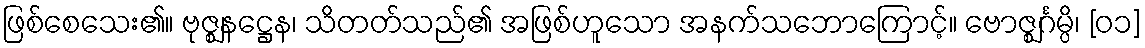
ဖြစ်စေသေး၏။ ဗုဇ္ဈနဋ္ဌေန၊ သိတတ်သည်၏ အဖြစ်ဟူသော အနက်သဘောကြောင့်။ ဗောဇ္ဈင်္ဂမ္ပိ၊ [၀၁]